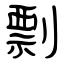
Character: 剽